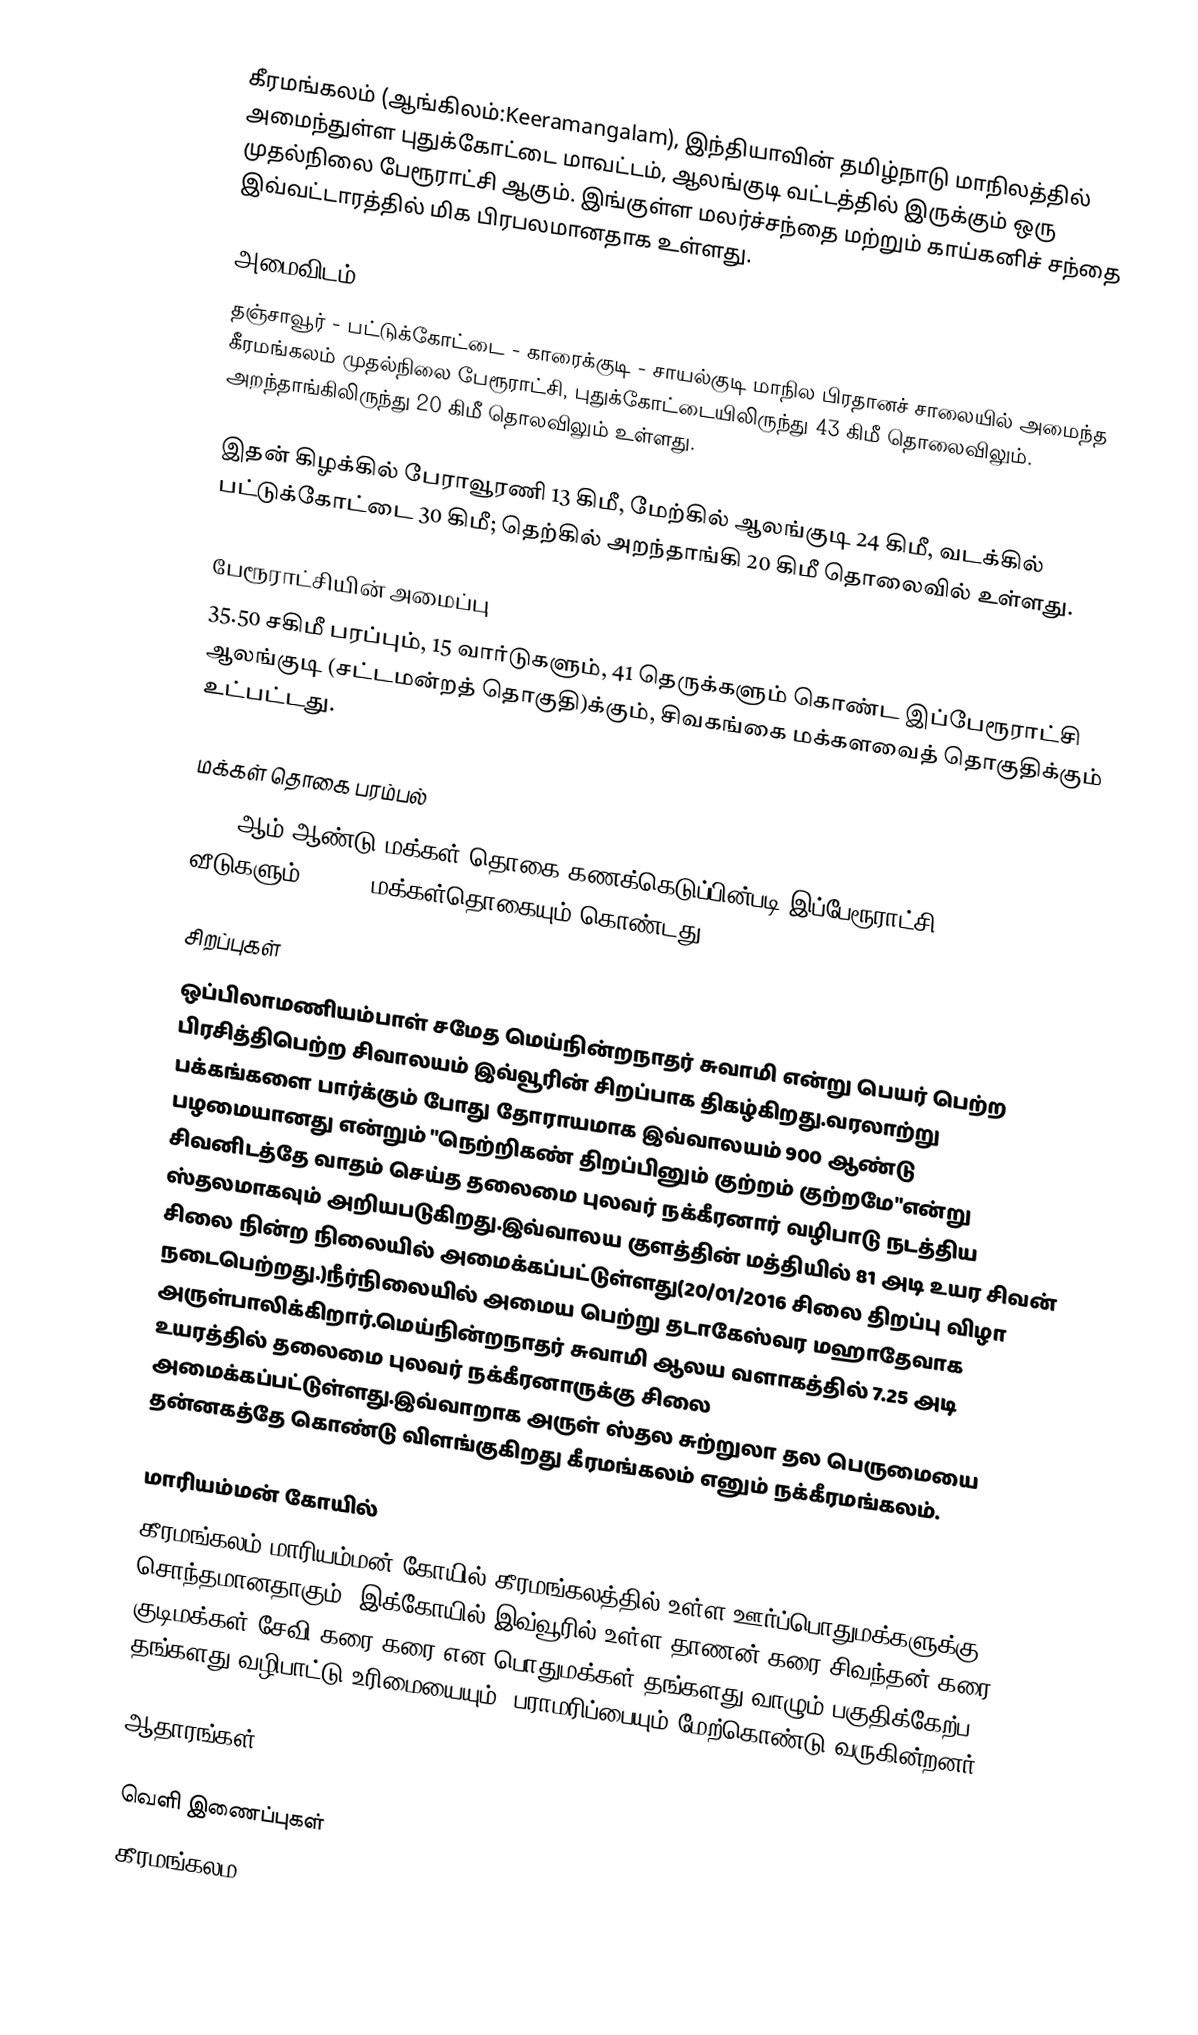
கீரமங்கலம் (ஆங்கிலம்:Keeramangalam), இந்தியாவின் தமிழ்நாடு மாநிலத்தில் அமைந்துள்ள புதுக்கோட்டை மாவட்டம், ஆலங்குடி வட்டத்தில் இருக்கும் ஒரு முதல்நிலை பேரூராட்சி ஆகும். இங்குள்ள மலர்ச்சந்தை மற்றும் காய்கனிச் சந்தை இவ்வட்டாரத்தில் மிக பிரபலமானதாக உள்ளது.

அமைவிடம்
தஞ்சாவூர் - பட்டுக்கோட்டை - காரைக்குடி - சாயல்குடி மாநில பிரதானச் சாலையில் அமைந்த கீரமங்கலம் முதல்நிலை பேரூராட்சி, புதுக்கோட்டையிலிருந்து  43 கிமீ தொலைவிலும். அறந்தாங்கிலிருந்து 20 கிமீ தொலவிலும் உள்ளது.

இதன் கிழக்கில் பேராவூரணி 13 கிமீ, மேற்கில் ஆலங்குடி 24 கிமீ, வடக்கில் பட்டுக்கோட்டை 30 கிமீ; தெற்கில் அறந்தாங்கி 20 கிமீ தொலைவில் உள்ளது.

பேரூராட்சியின் அமைப்பு
35.50 சகிமீ பரப்பும்,  15 வார்டுகளும்,  41 தெருக்களும் கொண்ட இப்பேரூராட்சி  ஆலங்குடி (சட்டமன்றத் தொகுதி)க்கும், சிவகங்கை மக்களவைத் தொகுதிக்கும் உட்பட்டது.

மக்கள் தொகை பரம்பல்
2011-ஆம் ஆண்டு மக்கள் தொகை கணக்கெடுப்பின்படி  இப்பேரூராட்சி  2,402   வீடுகளும், 9,357 மக்கள்தொகையும் கொண்டது.

சிறப்புகள்
ஒப்பிலாமணியம்பாள் சமேத மெய்நின்றநாதர் சுவாமி என்று பெயர் பெற்ற பிரசித்திபெற்ற சிவாலயம் இவ்வூரின் சிறப்பாக திகழ்கிறது.வரலாற்று பக்கங்களை பார்க்கும் போது தோராயமாக இவ்வாலயம் 900 ஆண்டு பழமையானது என்றும் "நெற்றிகண் திறப்பினும் குற்றம் குற்றமே"என்று சிவனிடத்தே வாதம் செய்த தலைமை புலவர் நக்கீரனார் வழிபாடு நடத்திய ஸ்தலமாகவும்  அறியபடுகிறது.இவ்வாலய குளத்தின் மத்தியில் 81 அடி உயர சிவன் சிலை நின்ற நிலையில் அமைக்கப்பட்டுள்ளது(20/01/2016 சிலை திறப்பு விழா நடைபெற்றது.)நீர்நிலையில் அமைய பெற்று தடாகேஸ்வர மஹாதேவாக அருள்பாலிக்கிறார்.மெய்நின்றநாதர் சுவாமி ஆலய வளாகத்தில் 7.25 அடி உயரத்தில் தலைமை புலவர் நக்கீரனாருக்கு சிலை அமைக்கப்பட்டுள்ளது.இவ்வாறாக அருள் ஸ்தல சுற்றுலா தல பெருமையை தன்னகத்தே கொண்டு விளங்குகிறது கீரமங்கலம் எனும் நக்கீரமங்கலம்.

மாரியம்மன் கோயில்
கீரமங்கலம் மாரியம்மன் கோயில் கீரமங்கலத்தில் உள்ள ஊர்ப்பொதுமக்களுக்கு சொந்தமானதாகும். இக்கோயில் இவ்வூரில் உள்ள தாணன் கரை,சிவந்தன் கரை,22 குடிமக்கள் சேவி கரை கரை என பொதுமக்கள் தங்களது வாழும் பகுதிக்கேற்ப தங்களது வழிபாட்டு உரிமையையும், பராமரிப்பையும் மேற்கொண்டு வருகின்றனர்.

ஆதாரங்கள்

வெளி இணைப்புகள்
 கீரமங்கலம